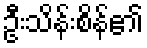
ဦးသိန်းစိန်၏